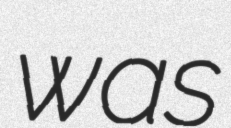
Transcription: was